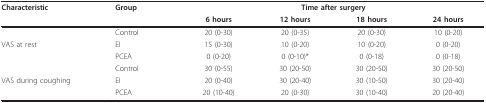
| Characteristic | Group | <COLSPAN=4> Time after surgery |
 |  |  | 6 hours | 12 hours | 18 hours | 24 hours |
 | --- | --- | --- | --- | --- | --- |
 |  | Control | 20 (0-30) | 20 (0-35) | 20 (0-30) | 10 (0-20) |
 | VAS at rest | EI | 15 (0-30) | 10 (0-20) | 10 (0-20) | 0 (0-20) |
 |  | PCEA | 0 (0-20) | 0 (0-10)* | 0 (0-18) | 0 (0-18) |
 |  | Control | 30 (0-55) | 30 (20-50) | 30 (20-50) | 30 (20-50) |
 | VAS during coughing | EI | 20 (0-40) | 30 (20-40) | 30 (10-50) | 30 (20-40) |
 |  | PCEA | 20 (10-40) | 20 (0-30) | 30 (10-40) | 20 (20-40) |